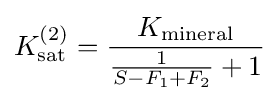
K_{\mathrm {sat} }^{(2)}={\frac {K_{\mathrm {mineral} }}{{\frac {1}{S-F_{1}+F_{2}}}+1}}